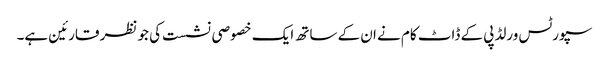
سپورٹس ورلڈپی کے ڈاٹ کام نے ان کے ساتھ ایک خصوصی نشست کی جو نظر قارئین ہے۔